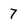
Character: 7